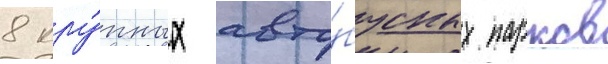
8 кру́пных авто́бусных парков